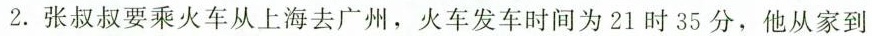
2.张叔叔要乘火车从上海去广州，火车发车时间为21时35分，他从家到